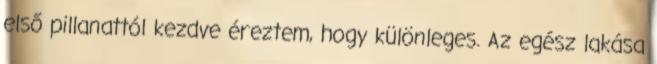
első pillanattól kezdve éreztem, hogy különleges. Az egész lakása